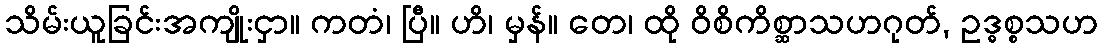
သိမ်းယူခြင်းအကျိုးငှာ။ ကတံ၊ ပြီ။ ဟိ၊ မှန်။ တေ၊ ထို ဝိစိကိစ္ဆာသဟဂုတ်, ဥဒ္ဓစ္စသဟ